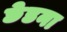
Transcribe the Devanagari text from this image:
छेडना